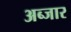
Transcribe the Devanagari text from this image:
अब्जार